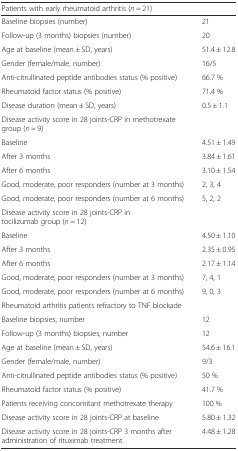
<table><thead><tr><td colspan="2"><b>Patients with early rheumatoid arthritis (<i>n</i> = 21)</b></td></tr></thead><tbody><tr><td>Baseline biopsies (number)</td><td>21</td></tr><tr><td>Follow-up (3 months) biopsies (number)</td><td>20</td></tr><tr><td>Age at baseline (mean ± SD, years)</td><td>51.4 ± 12.8</td></tr><tr><td>Gender (female/male, number)</td><td>16/5</td></tr><tr><td>Anti-citrullinated peptide antibodies status (% positive)</td><td>66.7 %</td></tr><tr><td>Rheumatoid factor status (% positive)</td><td>71.4 %</td></tr><tr><td>Disease duration (mean ± SD, years)</td><td>0.5 ± 1.1</td></tr><tr><td>Disease activity score in 28 joints-CRP in methotrexate group (<i>n</i> = 9)</td><td></td></tr><tr><td>Baseline</td><td>4.51 ± 1.49</td></tr><tr><td>After 3 months</td><td>3.84 ± 1.61</td></tr><tr><td>After 6 months</td><td>3.10 ± 1.54</td></tr><tr><td>Good, moderate, poor responders (number at 3 months)</td><td>2, 3, 4</td></tr><tr><td>Good, moderate, poor responders (number at 6 months)</td><td>5, 2, 2</td></tr><tr><td>Disease activity score in 28 joints-CRP in tocilizumab group (<i>n</i> = 12)</td><td></td></tr><tr><td>Baseline</td><td>4.50 ± 1.10</td></tr><tr><td>After 3 months</td><td>2.35 ± 0.95</td></tr><tr><td>After 6 months</td><td>2.17 ± 1.14</td></tr><tr><td>Good, moderate, poor responders (number at 3 months)</td><td>7, 4, 1</td></tr><tr><td>Good, moderate, poor responders (number at 6 months)</td><td>9, 0, 3</td></tr><tr><td colspan="2">Rheumatoid arthritis patients refractory to TNF blockade</td></tr><tr><td>Baseline biopsies, number</td><td>12</td></tr><tr><td>Follow-up (3 months) biopsies, number</td><td>12</td></tr><tr><td>Age at baseline (mean ± SD, years)</td><td>54.6 ± 16.1</td></tr><tr><td>Gender (female/male, number)</td><td>9/3</td></tr><tr><td>Anti-citrullinated peptide antibodies status (% positive)</td><td>50 %</td></tr><tr><td>Rheumatoid factor status (% positive)</td><td>41.7 %</td></tr><tr><td>Patients receiving concomitant methotrexate therapy</td><td>100 %</td></tr><tr><td>Disease activity score in 28 joints-CRP at baseline</td><td>5.80 ± 1.32</td></tr><tr><td>Disease activity score in 28 joints-CRP 3 months after administration of rituximab treatment</td><td>4.48 ± 1.28</td></tr></tbody></table>